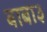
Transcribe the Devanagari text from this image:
बाबा३